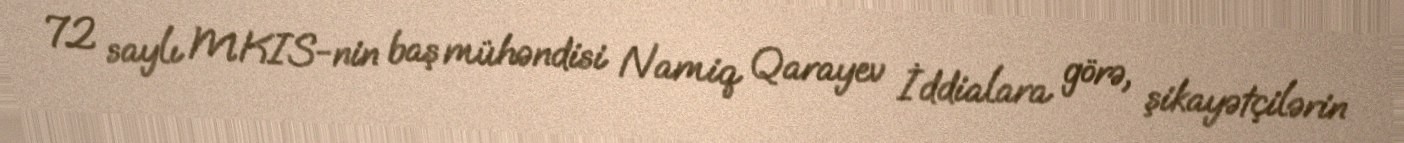
72 saylı MKIS-nin baş mühəndisi Namiq Qarayev İddialara görə, şikayətçilərin